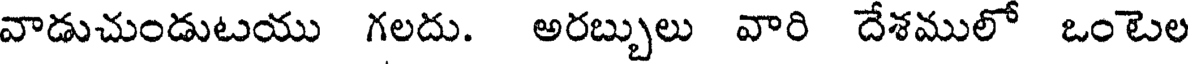
వాడుచుండుటయు గలదు. అరబ్బులు వారి దేశములో ఒంటెల